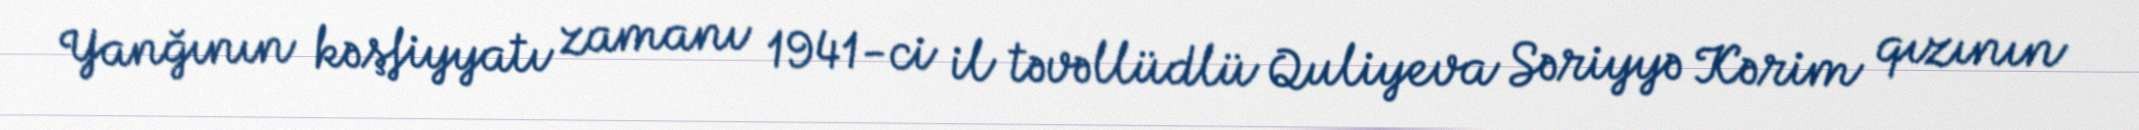
Yanğının kəşfiyyatı zamanı 1941-ci il təvəllüdlü Quliyeva Səriyyə Kərim qızının